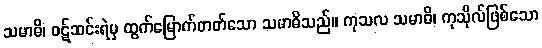
သမာဓိ၊ ဝဋ်ဆင်းရဲမှ ထွက်မြောက်တတ်သော သမာဓိသည်။ ကုသလ သမာဓိ၊ ကုသိုလ်ဖြစ်သော